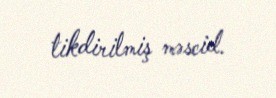
tikdirilmiş məscid.